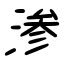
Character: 滲